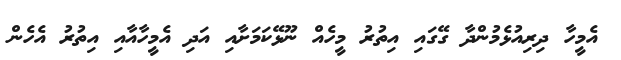
އެމީހާ ދިރިއުޅެމުންދާ ގޭގައި އިތުރު މީހެއް ނޫޅޭކަމަށާއި އަދި އެމީހާއާއި އިތުރު އެހެން